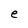
Character: e